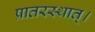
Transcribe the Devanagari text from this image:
प्रातरस्थात्।